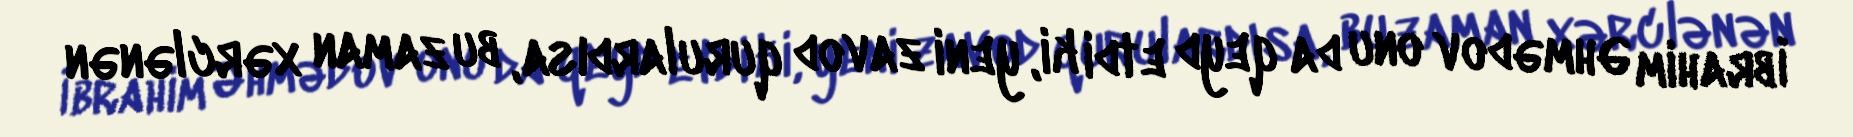
İbrahim Əhmədov onu da qeyd etdi ki, yeni zavod qurulardısa, bu zaman xərclənən